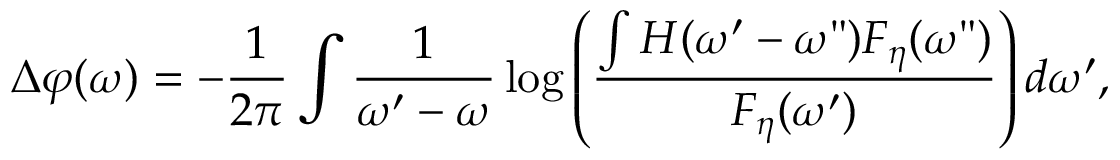
\Delta \varphi ( \omega ) = - \frac { 1 } { 2 \pi } \int \frac { 1 } { \omega ^ { \prime } - \omega } \log \left( \frac { \int H ( \omega ^ { \prime } - \omega " ) F _ { \eta } ( \omega " ) } { F _ { \eta } ( \omega ^ { \prime } ) } \right) d \omega ^ { \prime } ,